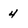
Character: 4